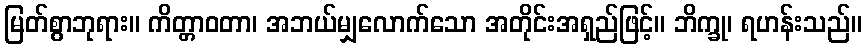
မြတ်စွာဘုရား။ ကိတ္တာဝတာ၊ အဘယ်မျှလောက်သော အတိုင်းအရှည်ဖြင့်။ ဘိက္ခု၊ ရဟန်းသည်။